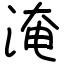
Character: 淹